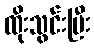
ထိုးသွင်းပြီး